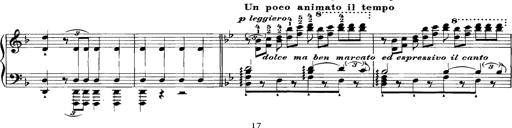
Title: Grandes Etudes
Composer: Franz Liszt